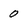
Character: 0